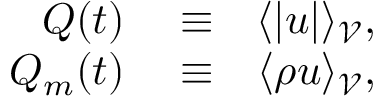
\begin{array} { r l r } { Q ( t ) } & { { } \equiv } & { \langle \vert u \vert \rangle _ { \mathcal { V } } , } \\ { Q _ { m } ( t ) } & { { } \equiv } & { \langle \rho u \rangle _ { \mathcal { V } } , } \end{array}